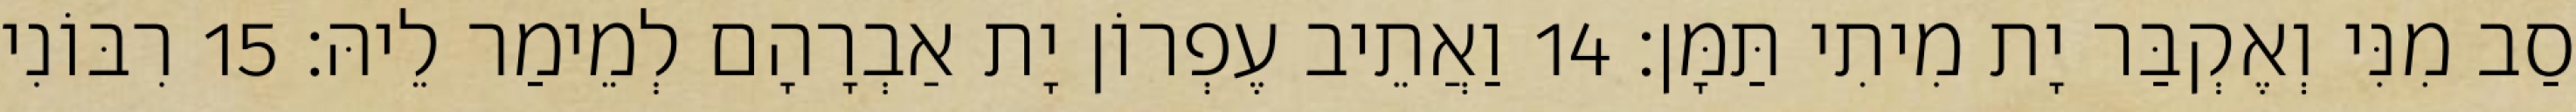
סַב מִנִּי וְאֶקְבַּר יָת מִיתִי תַּמָּן׃ 14 וַאֲתֵיב עֶפְרוֹן יָת אַבְרָהָם לְמֵימַר לֵיהּ׃ 15 רִבּוֹנִי